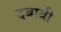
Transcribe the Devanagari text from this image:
दबावी